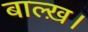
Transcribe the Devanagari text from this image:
बाल्ख़।